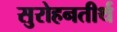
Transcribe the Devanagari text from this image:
सुरोहनतीर्थ